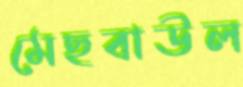
মেছবাউল